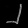
Digit: ၂